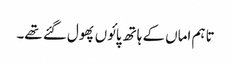
تاہم اماں کے ہاتھ پائوں پھول گئے تھے۔